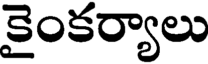
కైంకర్యాలు